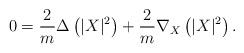
LaTeX: \begin{align*}0=\frac{2}{m} \Delta \left ( |X|^2\right ) + \frac{2}{m} \nabla_X \left ( |X|^2\right ).\end{align*}